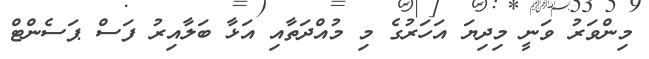
މިންވަރު ވަނީ މިދިޔަ އަހަރުގެ މި މުއްދަތާއި އަޅާ ބަލާއިރު ފަސް ޕަސެންޓް